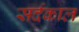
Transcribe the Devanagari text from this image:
सर्दकाल